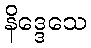
နိဒ္ဒေသေ